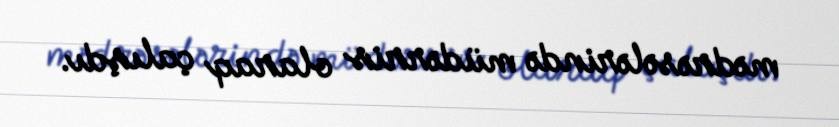
mədrəsələrində müdərris olaraq çalışdı.